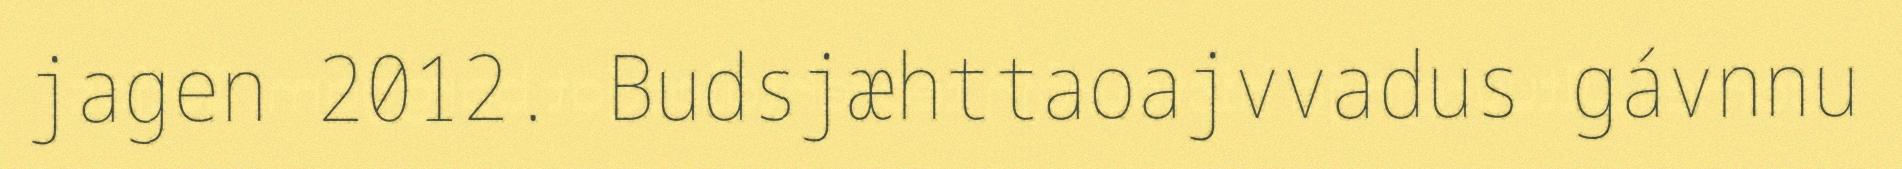
jagen 2012. Budsjæhttaoajvvadus gávnnu